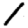
Digit: 1